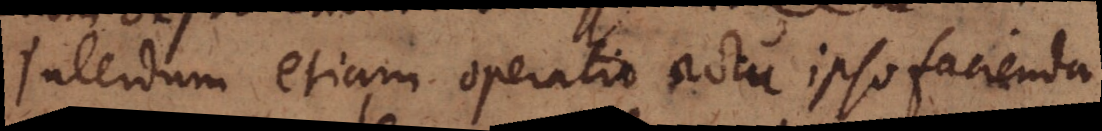
Interdum etiam operatio actu ipso facienda